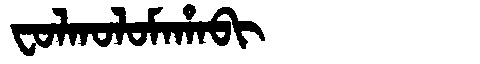
Manchu: ᠸᠣᠯᡴᠣᠯᠣᠮᠠᡥᠠᠪᡳ
Romanization: FOLKOLOMAHABI